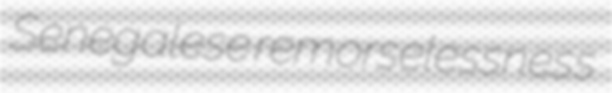
Senegalese remorselessness